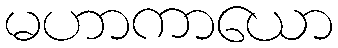
မဟာကာယော